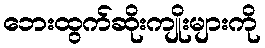
ဘေးထွက်ဆိုးကျိုးများကို